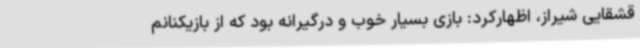
قشقایی شیراز، اظهارکرد: بازی بسیار خوب و درگیرانه بود که از بازیکنانم